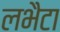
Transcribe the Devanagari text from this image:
लभैटा